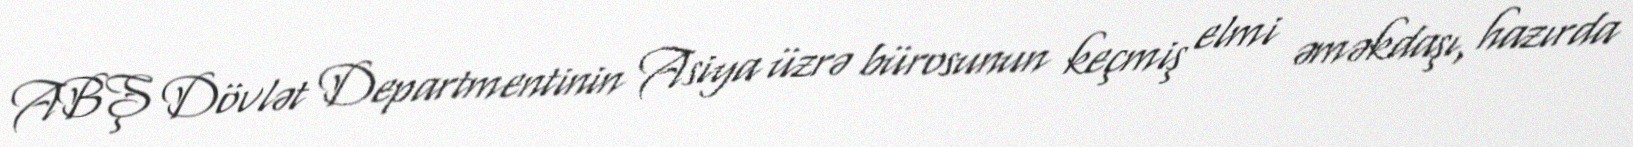
ABŞ Dövlət Departmentinin Asiya üzrə bürosunun keçmiş elmi əməkdaşı, hazırda